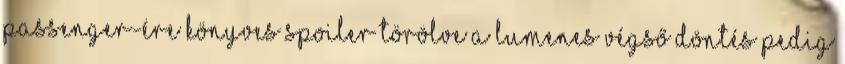
passenger-ére KÖNYVES SPOILER TÖRÖLVE A Lumenes végső döntés pedig